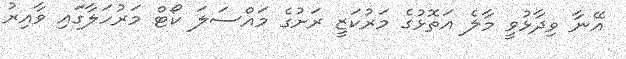
އޭނާ ވިދާޅުވީ މާލެ އަތޮޅުގެ މަރުކަޒީ ރަށުގެ މައްސަލަ ކޯޓް މަރުހަލާގައި ވާއިރު